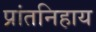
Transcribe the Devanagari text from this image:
प्रांतनिहाय